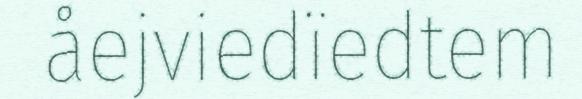
åejviedïedtem